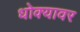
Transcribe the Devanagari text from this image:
धोक्यावर